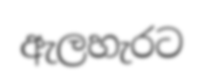
ඇලහැරට